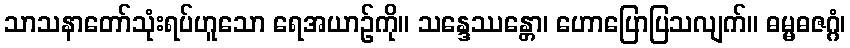
သာသနာတော်သုံးရပ်ဟူသော ရေအယာဉ်ကို။ သန္ဒေဿန္တော၊ ဟောပြောပြသလျက်။ ဓမ္မဓဇဂ္ဂံ၊